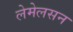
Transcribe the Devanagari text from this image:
लेमेलसन